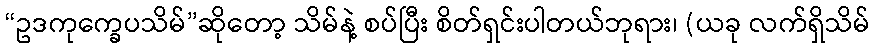
“ဥဒကုက္ခေပသိမ်”ဆိုတော့ သိမ်နဲ့ စပ်ပြီး စိတ်ရှင်းပါတယ်ဘုရား၊ (ယခု လက်ရှိသိမ်